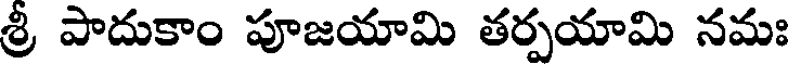
శ్రీ పాదుకాం పూజయామి తర్పయామి నమః